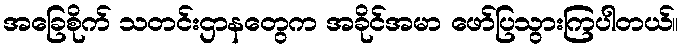
အခြေစိုက် သတင်းဌာနတွေက အခိုင်အမာ ဖော်ပြသွားကြပါတယ်။